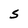
Character: S